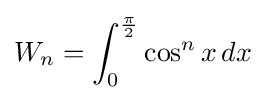
W_{n}=\int _{0}^{\frac {\pi }{2}}\cos ^{n}x\,dx